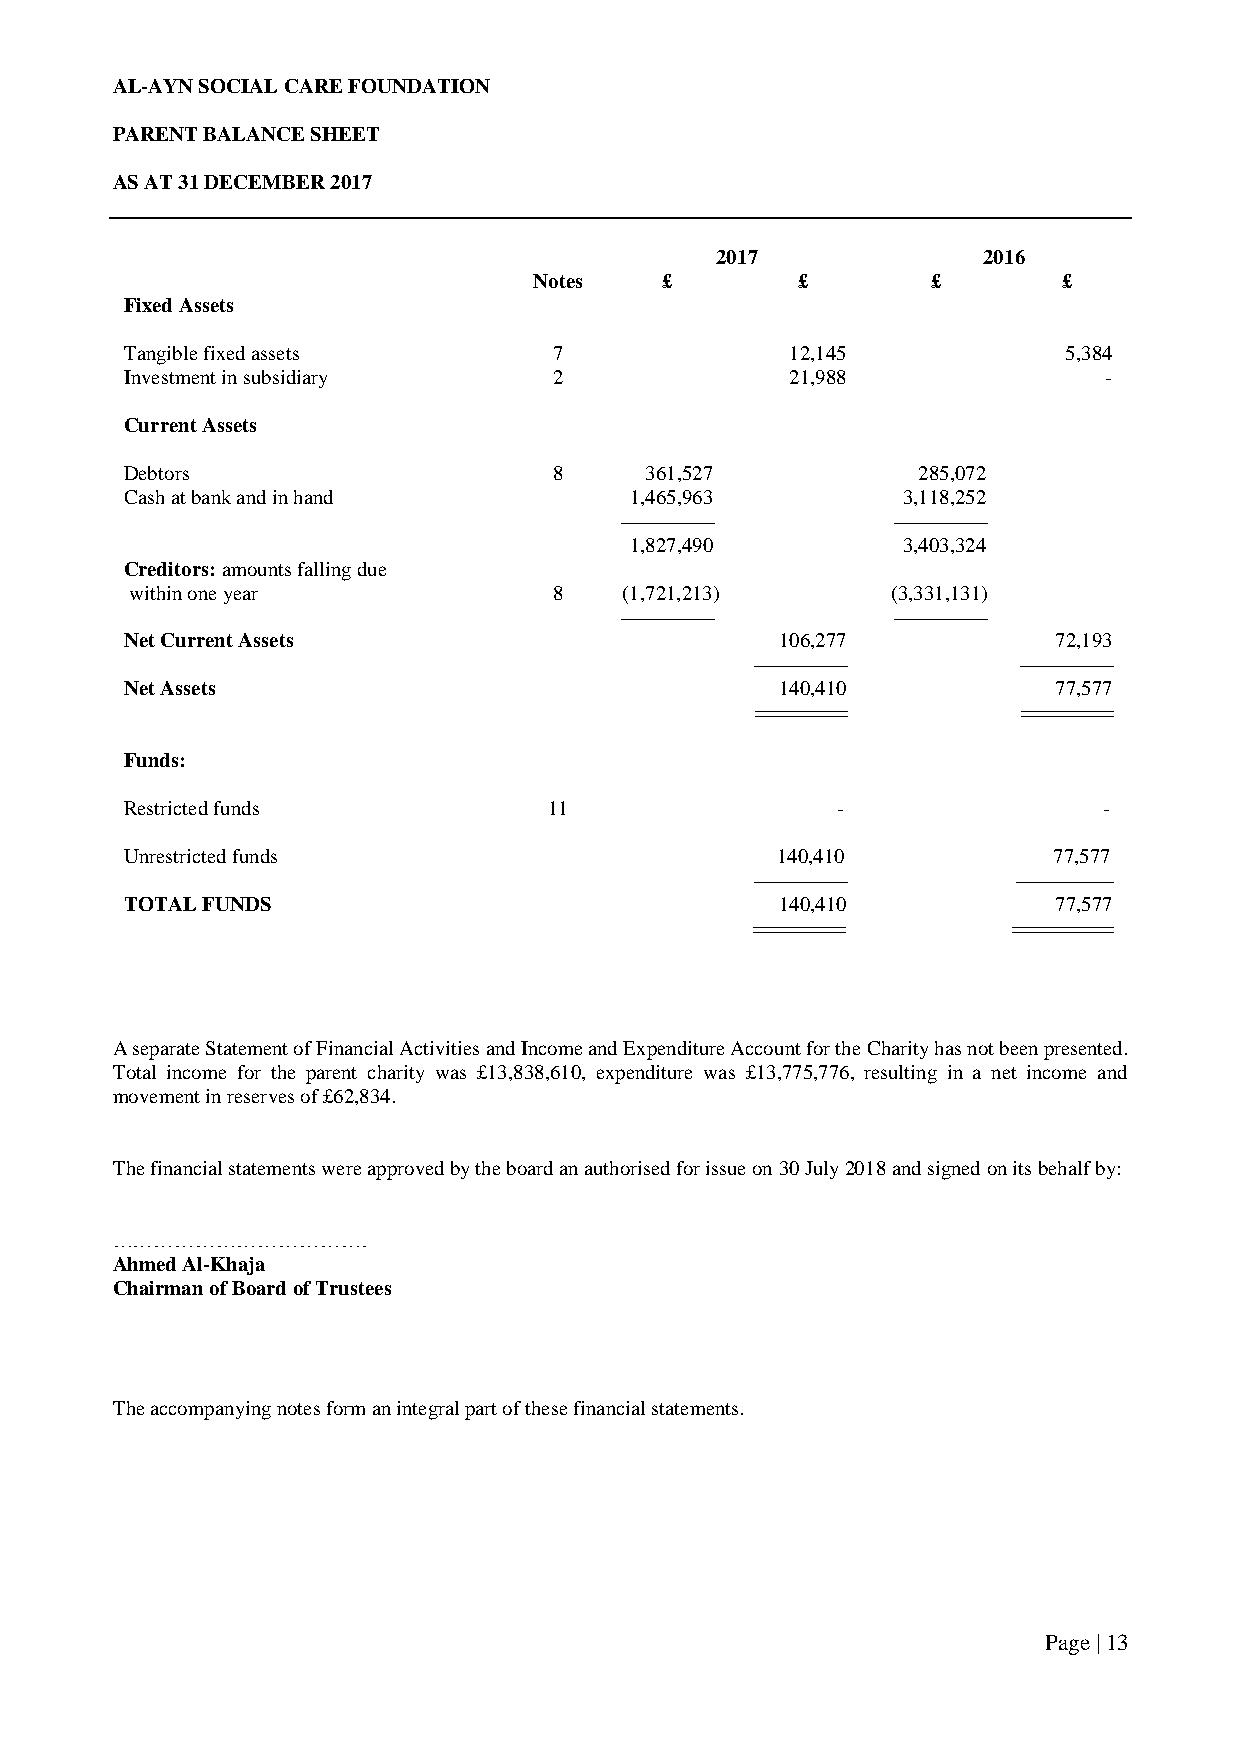
AL-AYN SOCIAL CARE FOUNDATION
 PARENT BALANCE SHEET
 AS AT 31 DECEMBER 2017
 2017              2016
 Notes    £        £        £       £
 Fixed Assets
 Tangible fixed assets        7              12,145            5,384
 Investment in subsidiary     2              21,988               -
 Current Assets
 Debtors                      8     361,527           285,072
 Cash at bank and in hand          1,465,963         3,118,252
 --------------------- ---------------------
 1,827,490         3,403,324
 Creditors: amounts falling due
 within one year             8   (1,721,213)       (3,331,131)
 --------------------- ---------------------
 Net Current Assets                          106,277           72,193
 --------------------- ---------------------
 Net Assets                                  140,410           77,577
 ==========       ==========
 Funds:
 Restricted funds            11                 -                 -
 Unrestricted funds                         140,410            77,577
 --------------------- ----------------------
 TOTAL FUNDS                                 140,410           77,577
 ==========       ===========
 A separate Statement of Financial Activities and Income and Expenditure Account for the Charity has not been presented.
 Total income for the parent charity was £13,838,610, expenditure was £13,775,776, resulting in a net income and
 movement in reserves of £62,834.
 The financial statements were approved by the board an authorised for issue on 30 July 2018 and signed on its behalf by:
 ……………………………….
 Ahmed Al-Khaja
 Chairman of Board of Trustees
 The accompanying notes form an integral part of these financial statements.
 Page | 13